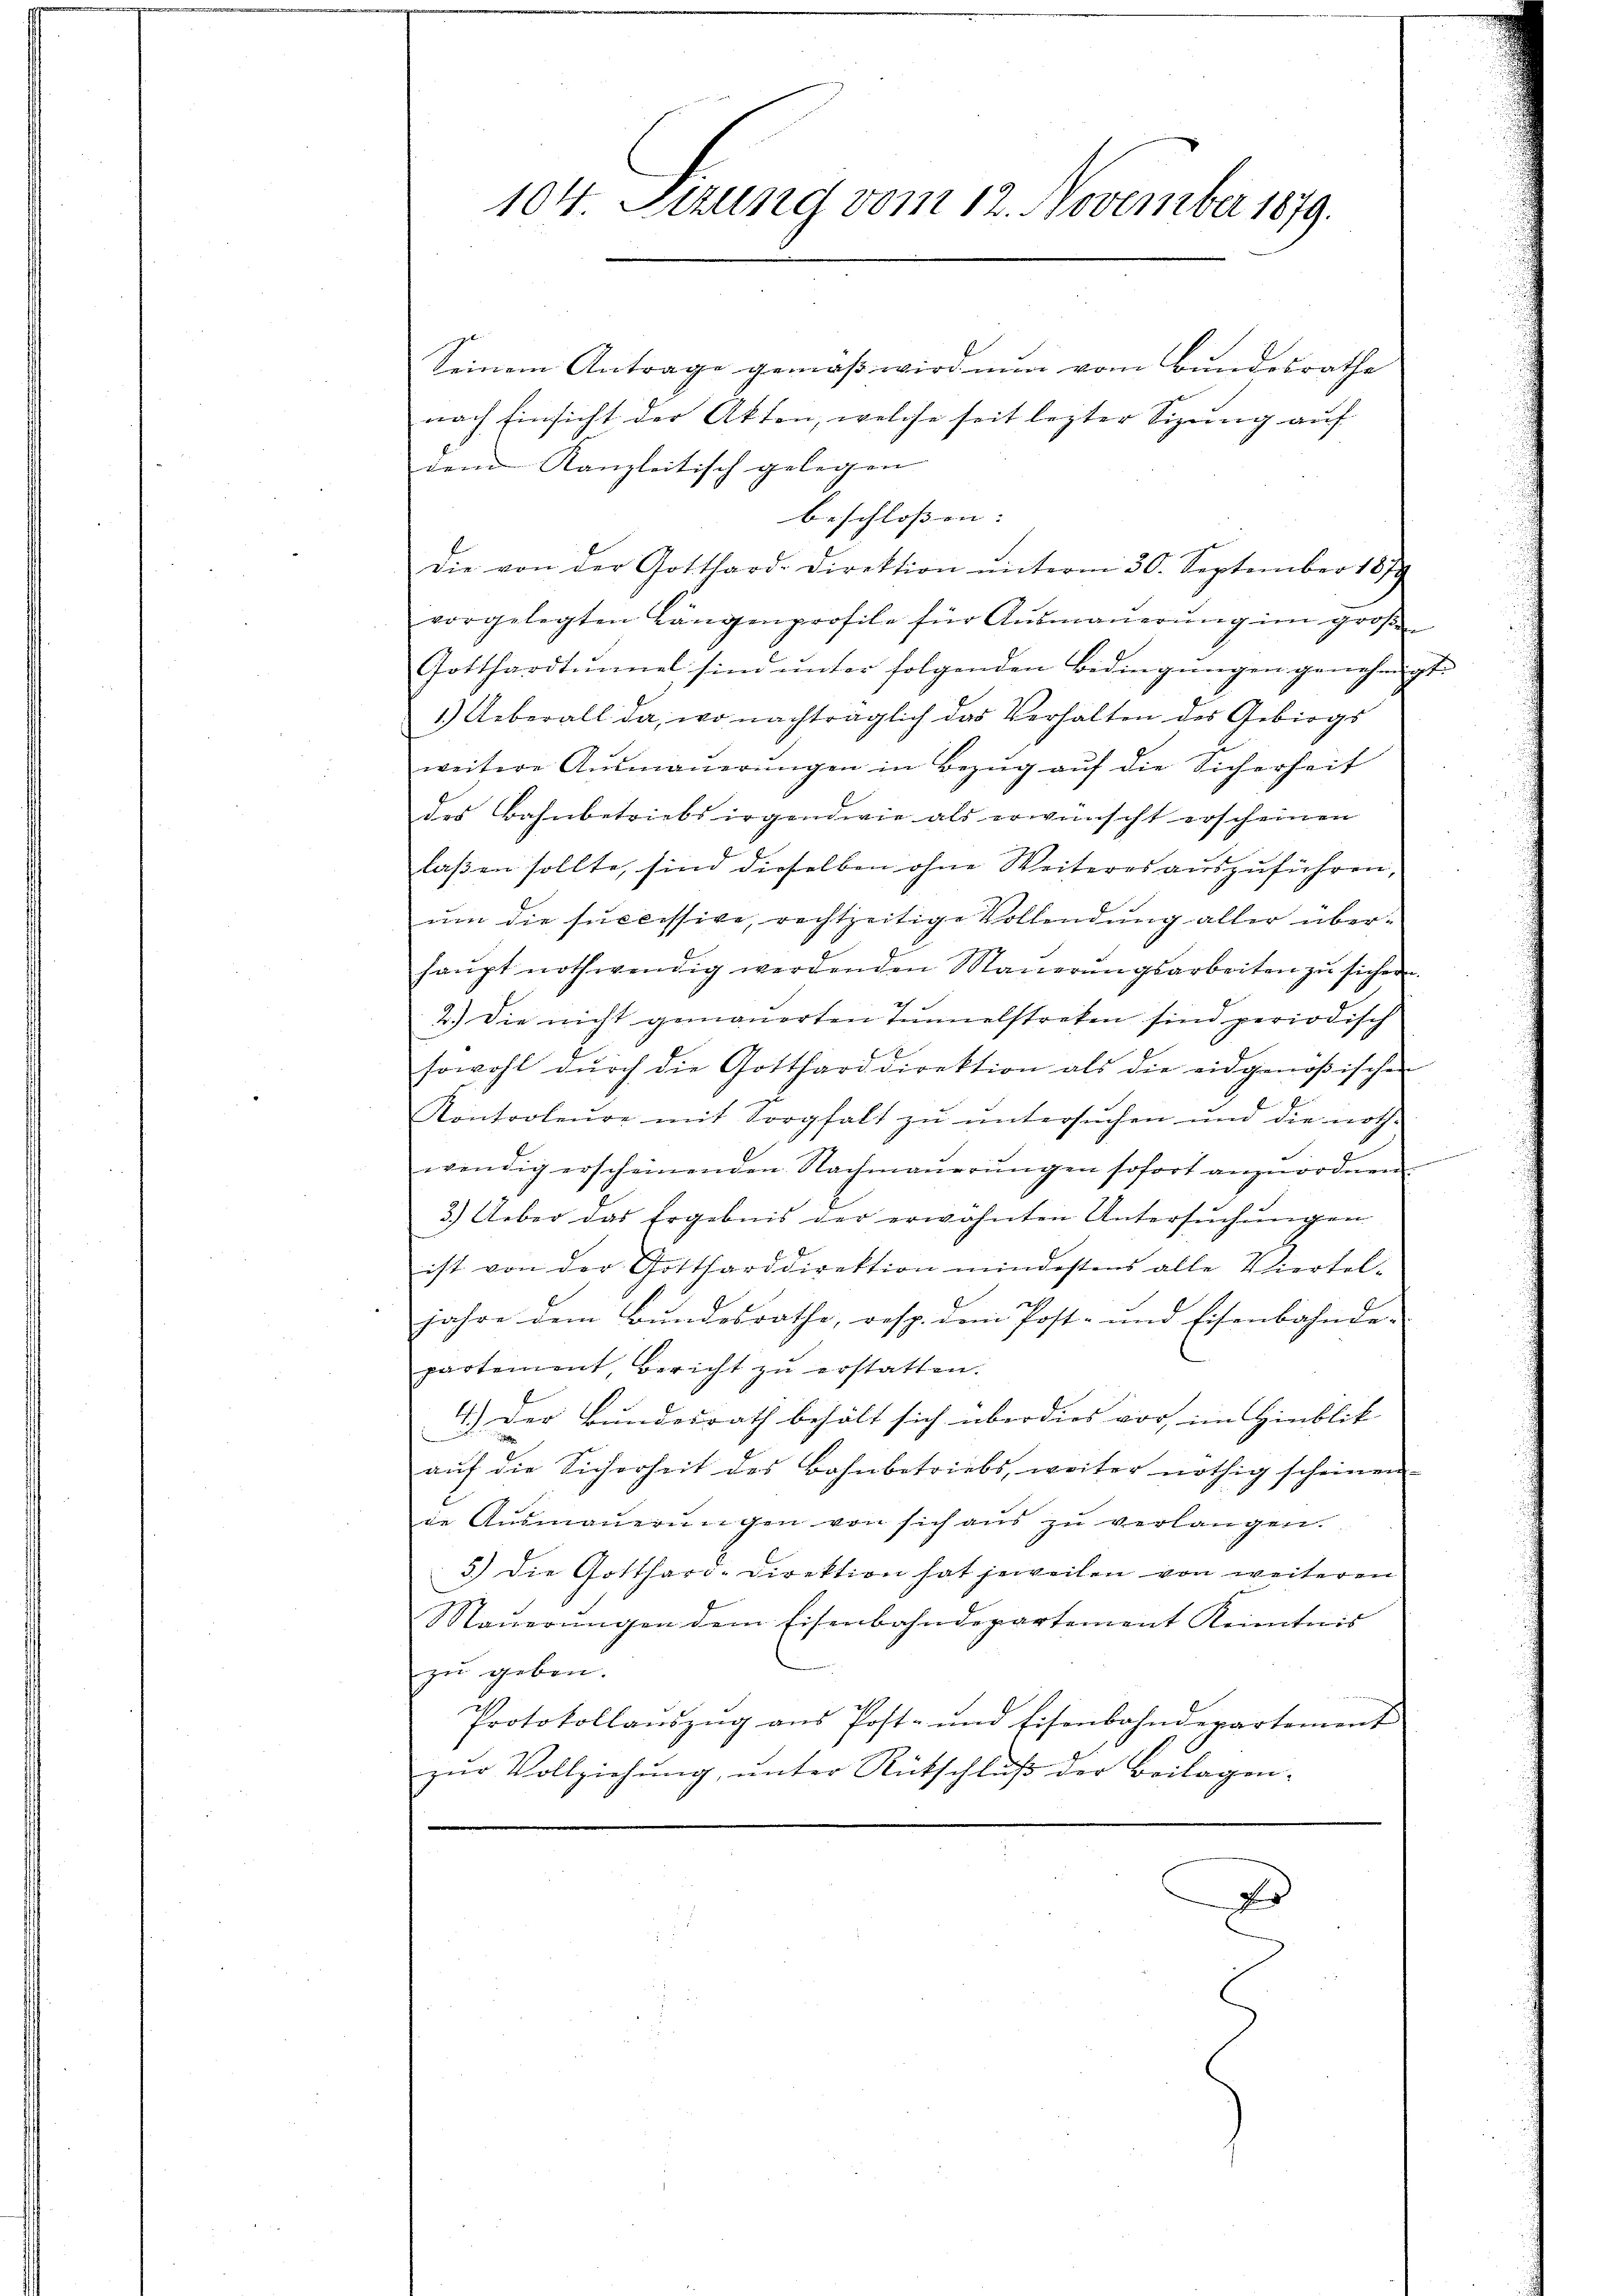
104. Sizung vom 12. November 1879.
Seinem Antrage gemäß wird nun vom Bundesrathe
nach Einsicht der Akten, welche seit lezter Sizung auf

dem Kanzleitisch gelegen |
beschlossen: |
die von der Gotthard-Direktion ŭnterm 30. September 1879
vorgelegten Längenprofile für Aŭsmaŭerŭng im große
Gotthardtŭnnel sind ŭnter folgenden Bedingŭngen genehmigt.
1.) Ueberall da, wo nachträglich das Verhalten des Gebirgs
weitere Aŭsmaŭerŭngen in Bezug auf die Sicherheit
des Bahnbetriebs irgendwie als erwünscht erscheinen
laßen sollte, sind dieselben ohne Weiteres auszuführen,
um die successive, rechtzeitige Vollendung aller überhaŭpt nothwendig werdenden Maŭerŭngsarbeiten zŭ sicher
2.) Die nicht gemauerten Tunnelstreken sind periodisch
sowohl dŭrch die Gottharddirektion als die eidgenößischen
Kontroleŭre mit Sorgfalt zŭ ŭntersŭchen und die noth-
wendig erscheinenden Nachmaŭerŭngen sofort anzuordnen
3.) Ueber das Ergebnis der erwähnten Untersuchungen
ist von der Gottharddirektion mindestens alle Viertel-
jahre dem Bundesrathe, resp. dem Post- und Eisenbahnde-
partement bericht zŭ erstatten.
4.) Der Bundesrath behält sich über dies vor im Hinblik
aŭf die Sicherheit des Bahnbetriebs, weiter nöthig scheinen
ie Aŭsmaŭerŭngen von sich aŭs zŭ verlangen.
5.) Die Gotthard-Direktion hat jeweilen von weiteren
Maŭerŭngen dem Eisenbahndepartement Kenntnis
zu geben.
Protokollaŭszŭg aŭs Post- und Eisenbahnderartement
zŭr Vollziehŭng ŭnter Rütschlŭβ der Beilagen-

D